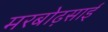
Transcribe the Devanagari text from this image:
मरबोढ़साई